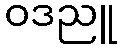
ဝဒညူ